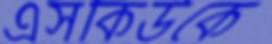
এসকিউকে